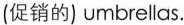
(促销的) umbrellas.